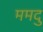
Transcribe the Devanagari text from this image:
ममदु